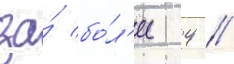
за́ бо́л'ее 4 /